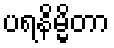
ပရနိမ္မိတာ